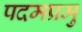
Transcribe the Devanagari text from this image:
पदमप्रमु